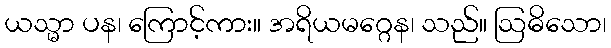
ယသ္မာ ပန၊ ကြောင့်ကား။ အရိယမဂ္ဂေန၊ သည်။ ဩဓိသော၊